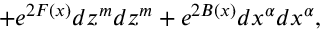
+ e ^ { 2 F ( x ) } d z ^ { m } d z ^ { m } + e ^ { 2 B ( x ) } d x ^ { \alpha } d x ^ { \alpha } ,